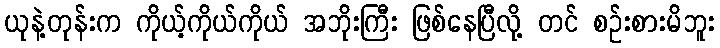
ယုနဲ့တုန်းက ကိုယ့်ကိုယ်ကိုယ် အဘိုးကြီး ဖြစ်နေပြီလို့ တင် စဉ်းစားမိဘူး